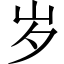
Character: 岁